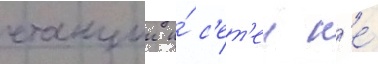
станции и́ с'ет'еи н'е́